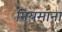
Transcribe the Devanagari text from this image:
नियमाना